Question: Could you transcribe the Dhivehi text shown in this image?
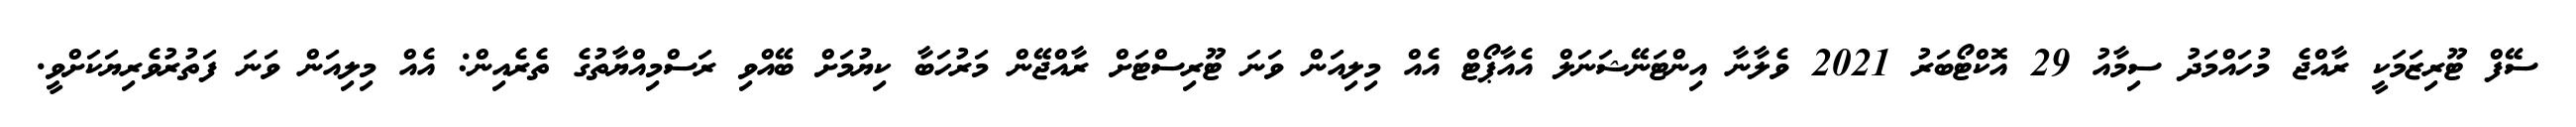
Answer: ސޭފް ޓޫރިޒަމަކީ ރާއްޖެ މުހައްމަދު ސިމާއު 29 އޮކްޓޯބަރު 2021 ވެލާނާ އިންޓަނޭޝަނަލް އެއާޕޯޓް އެއް މިލިއަން ވަނަ ޓޫރިސްޓަށް ރާއްޖޭން މަރުހަބާ ކިޔުމަށް ބޭއްވި ރަސްމިއްޔާތުގެ ތެރެއިން: އެއް މިލިއަން ވަނަ ފަތުރުވެރިޔަކަށްވީ.